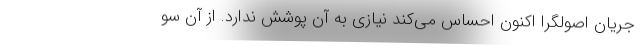
جریان اصولگرا اکنون احساس می‌کند نیازی به آن پوشش ندارد. از آن سو